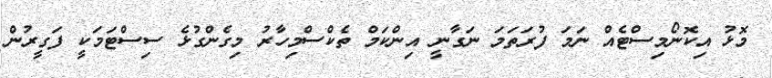
މޮޅު އިކޮނޯމިސްޓެއް ނަމަ ފުރަތަމަ ނަގާނީ އިންކަމް ތެކްސްމިހާރު މިގެންގުޅެ ސިސްޓަމަކީ ފަގީރުން